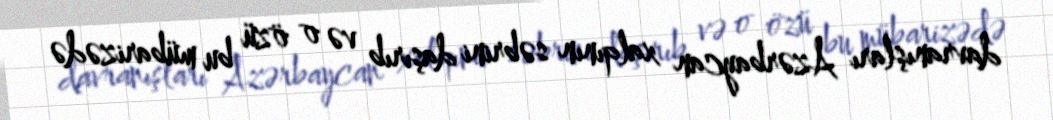
davranışları Azərbaycan xalqının səbrini daşırıb və o özü bu mübarizədə